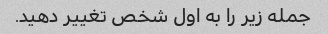
جمله زیر را به اول شخص تغییر دهید.